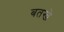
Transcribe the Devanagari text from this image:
बतखे